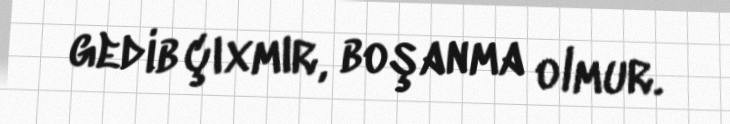
gedib çıxmır, boşanma olmur.